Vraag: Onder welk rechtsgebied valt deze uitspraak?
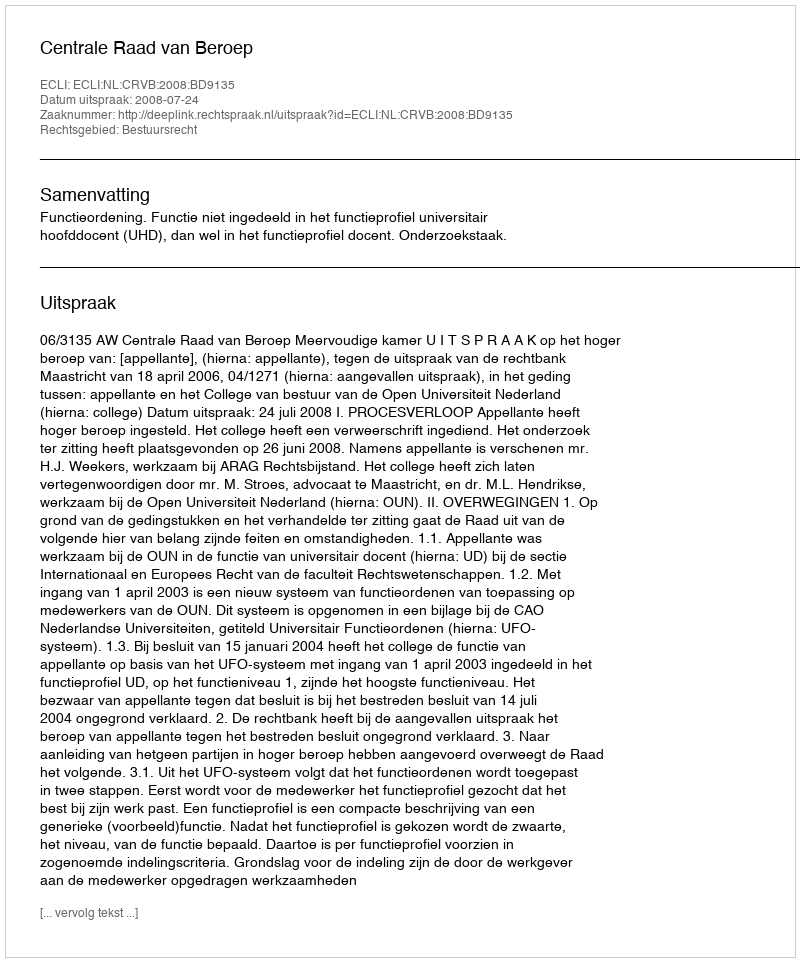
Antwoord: Bestuursrecht